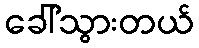
ခေါ်သွားတယ်